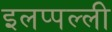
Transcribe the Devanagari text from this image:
इलप्पल्ली